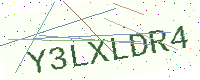
Text: Y3LXLDR4